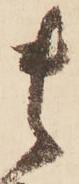
貴